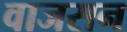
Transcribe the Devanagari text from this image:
वाजसन